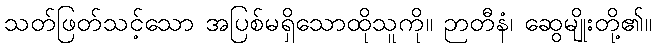
သတ်ဖြတ်သင့်သော အပြစ်မရှိသောထိုသူကို။ ဉာတီနံ၊ ဆွေမျိုးတို့၏။